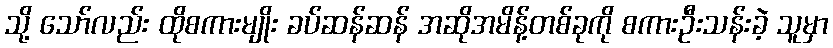
သို့ သော်လည်း ထိုစကားမျိုး ခပ်ဆန်ဆန် အဆိုအမိန့်တစ်ခုကို စကားဦးသန်းခဲ့ သူမှာ